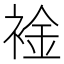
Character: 䘳